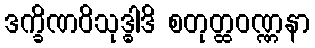
ဒက္ခိဏဝိသုဒ္ဓါဒိ စတုတ္ထဝဏ္ဏနာ